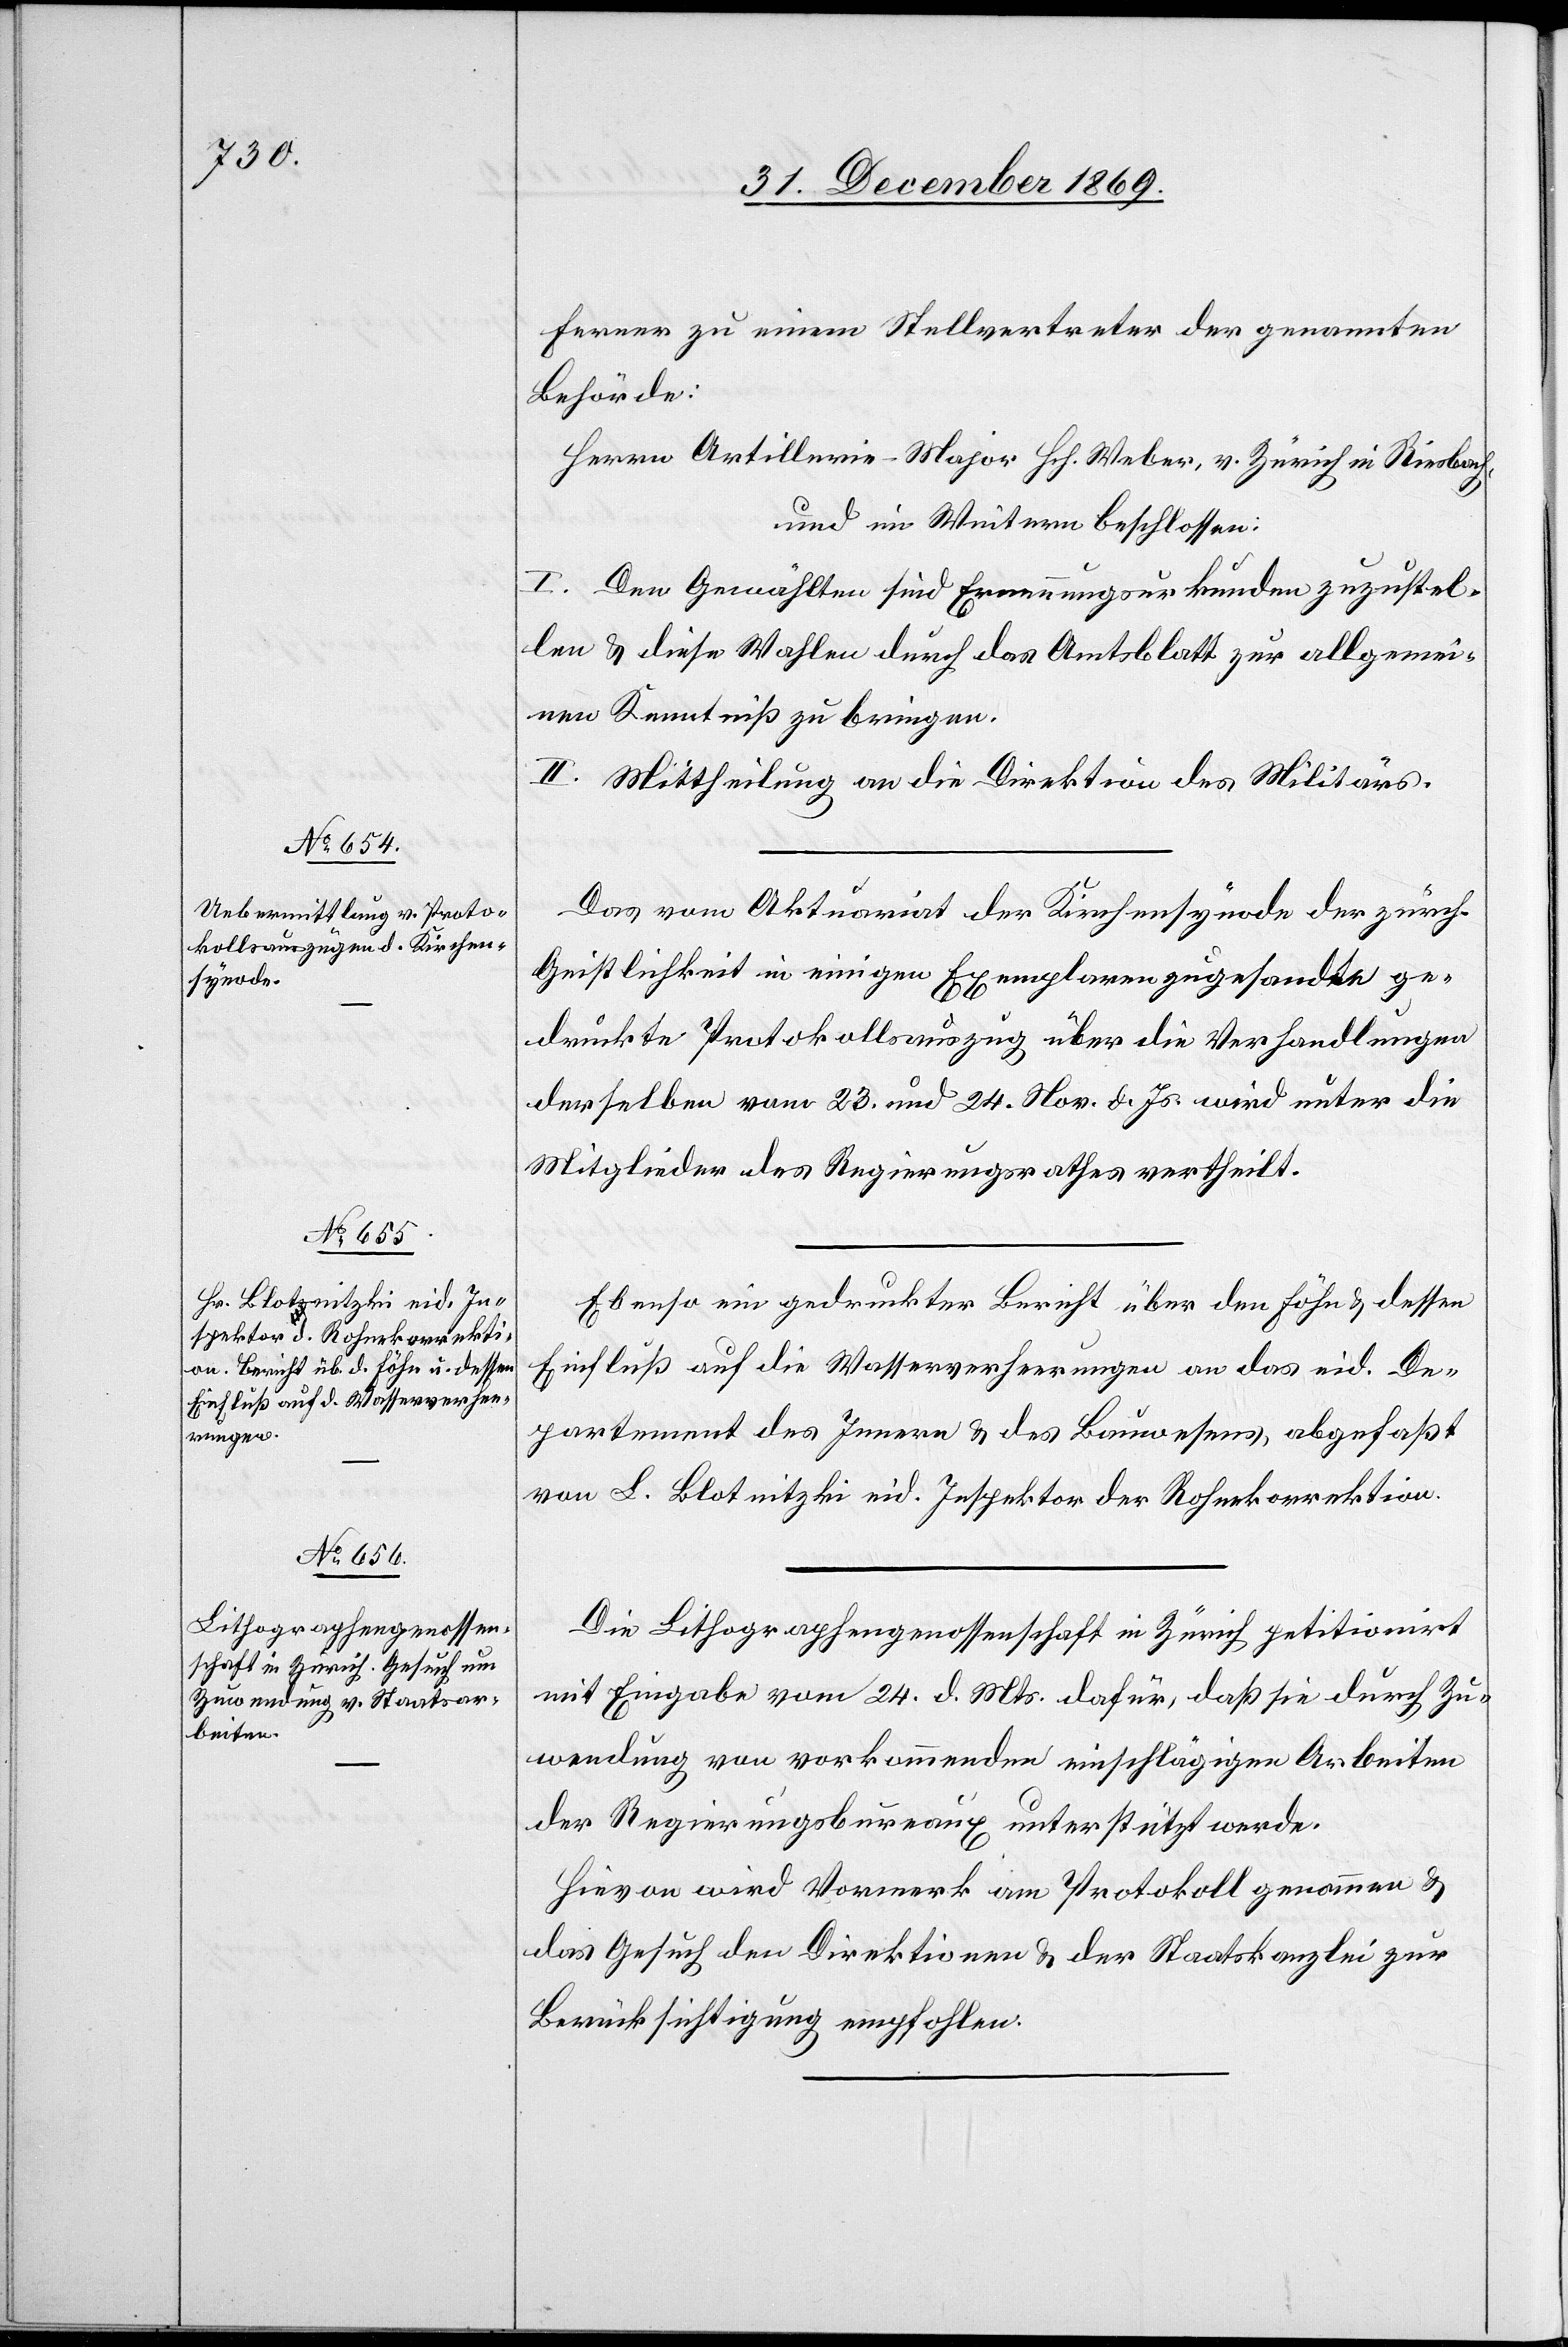
Ferner zu einem Stellvertreter der genannten
Behörde:
Herrn Artillerie-Major Hch. Weber, v. Zürich in Riesbach,
und im Weitern beschlossen:
I. Den Gewählten sind Ernennungsurkunden zuzustel¬
len & diese Wahlen durch das Amtsblatt zur allgemei¬
nen Kenntniß zu bringen.
II. Mittheilung an die Direktion des Militärs.
Der] vom Aktuariat der Kirchensynode der zürch.
Geistlichkeit in einigen Exemplaren zugesandte ge¬
druckte Protokollsauszug über die Verhandlungen
derselben vom 23. und 24. Nov. d. Js. wird unter die
Mitglieder des Regierungsrathes vertheilt.
Ebenso ein gedruckter Bericht über den Föhn & dessen
Einfluß auf die Wasserverheerungen an das eid. De¬
partement des Innern & des Bauwesens, abgefaßt
von L. Blotnitzki eid. Inspektor der Rohnekorrektion.
Die Lithographengenossenschaft in Zürich petitionirt
mit Eingabe vom 24. d. Mts. dafür, daß sie durch Zu¬
wendung von vorkommenden einschlägigen Arbeiten
der Regierungsbureaux unterstützt werde.
Hievon wird Vormerk am Protokoll genommen &
das Gesuch den Direktionen & der Staatskanzlei zur
Berücksichtigung empfohlen.